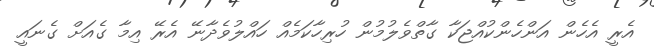
އެރީ އެހެން އަންހެންކުއްޖަކާ ގާތްވެލުމުން ހުރިހާކަމެއް ހައްލުވެދާނޭ އެރޭ އިމާ ގެއަށް ގެނައީ